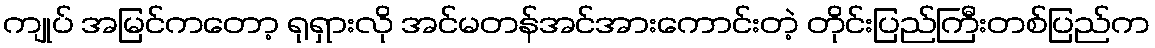
ကျုပ် အမြင်ကတော့ ရုရှားလို အင်မတန်အင်အားကောင်းတဲ့ တိုင်းပြည်ကြီးတစ်ပြည်က